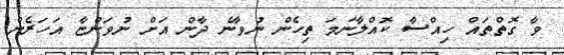
ވާ ގޮތްތައް ހިއްސާ ކޮއްލާނަމަ ތިހެން ނުވާނެ ދާން އަށް ނުވަންޏާ އަހަރެން